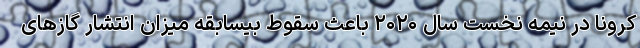
کرونا در نیمه نخست سال ۲۰۲۰ باعث سقوط بیسابقه میزان انتشار گازهای